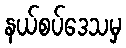
နယ်စပ်ဒေသမှ